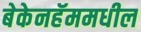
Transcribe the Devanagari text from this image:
बेकेनहॅममधील